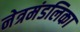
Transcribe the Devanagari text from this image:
नेत्रमंडलिका